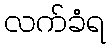
လက်ခံရ